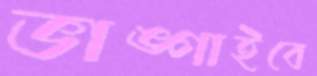
ভাঙ্গাইবে